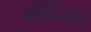
મીદિયા